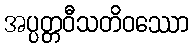
အပ္ပတ္တဝီသတိဝဿော